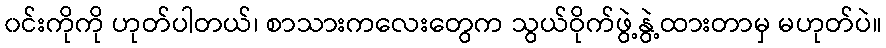
၀င်းကိုကို ဟုတ်ပါတယ်၊ စာသားကလေးတွေက သွယ်ဝိုက်ဖွဲ့နွဲ့ထားတာမှ မဟုတ်ပဲ။